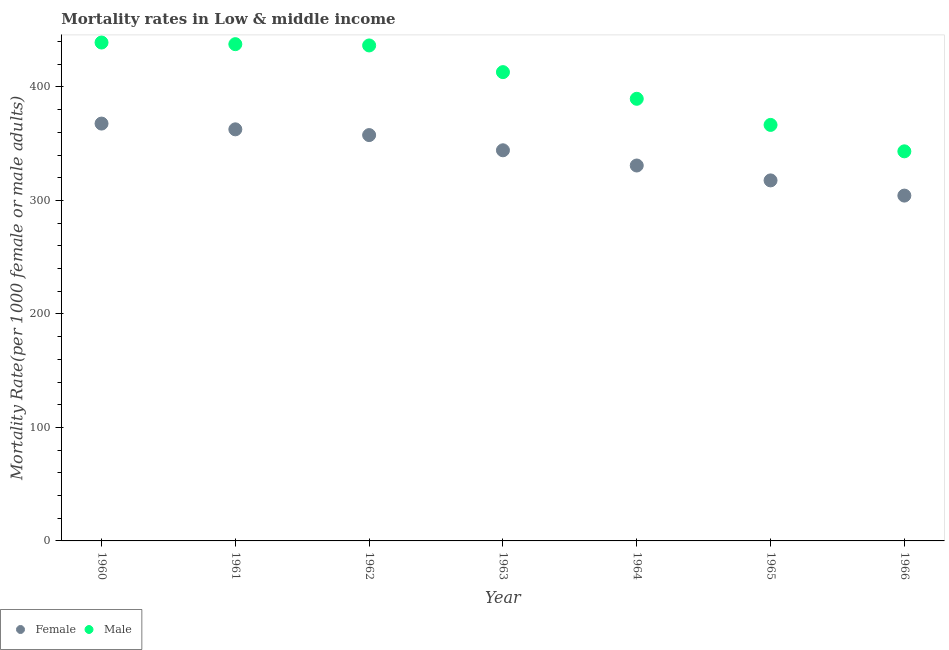
| Year | Female | Male |
 | --- | --- | --- |
 | 1960 | 368 | 439 |
 | 1961 | 363 | 438 |
 | 1962 | 358 | 437 |
 | 1963 | 344 | 413 |
 | 1964 | 331 | 390 |
 | 1965 | 318 | 367 |
 | 1966 | 304 | 343 |